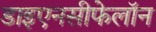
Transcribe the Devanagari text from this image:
डाइएनसीफेलॉन